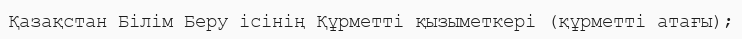
Қазақстан Білім Беру ісінің Құрметті қызыметкері (құрметті атағы);